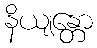
နိယျန္တော